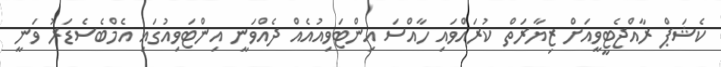
ކެޝަޕް ރާއްޖެޓީވީއަށް ޒިޔާރަތް ކުރައްވައި ހާއްސަ އިންޓަވިއުއެއް ދެއްވަނީ އިންޓަވިއުގައި އެމްބެސެޑަރު ވަނީ